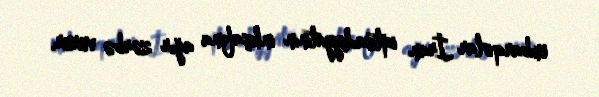
embarqolar İran iqtisadiyyatının inkişafına ağır zərbə vurur.